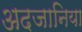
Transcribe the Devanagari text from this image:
अदजानिया